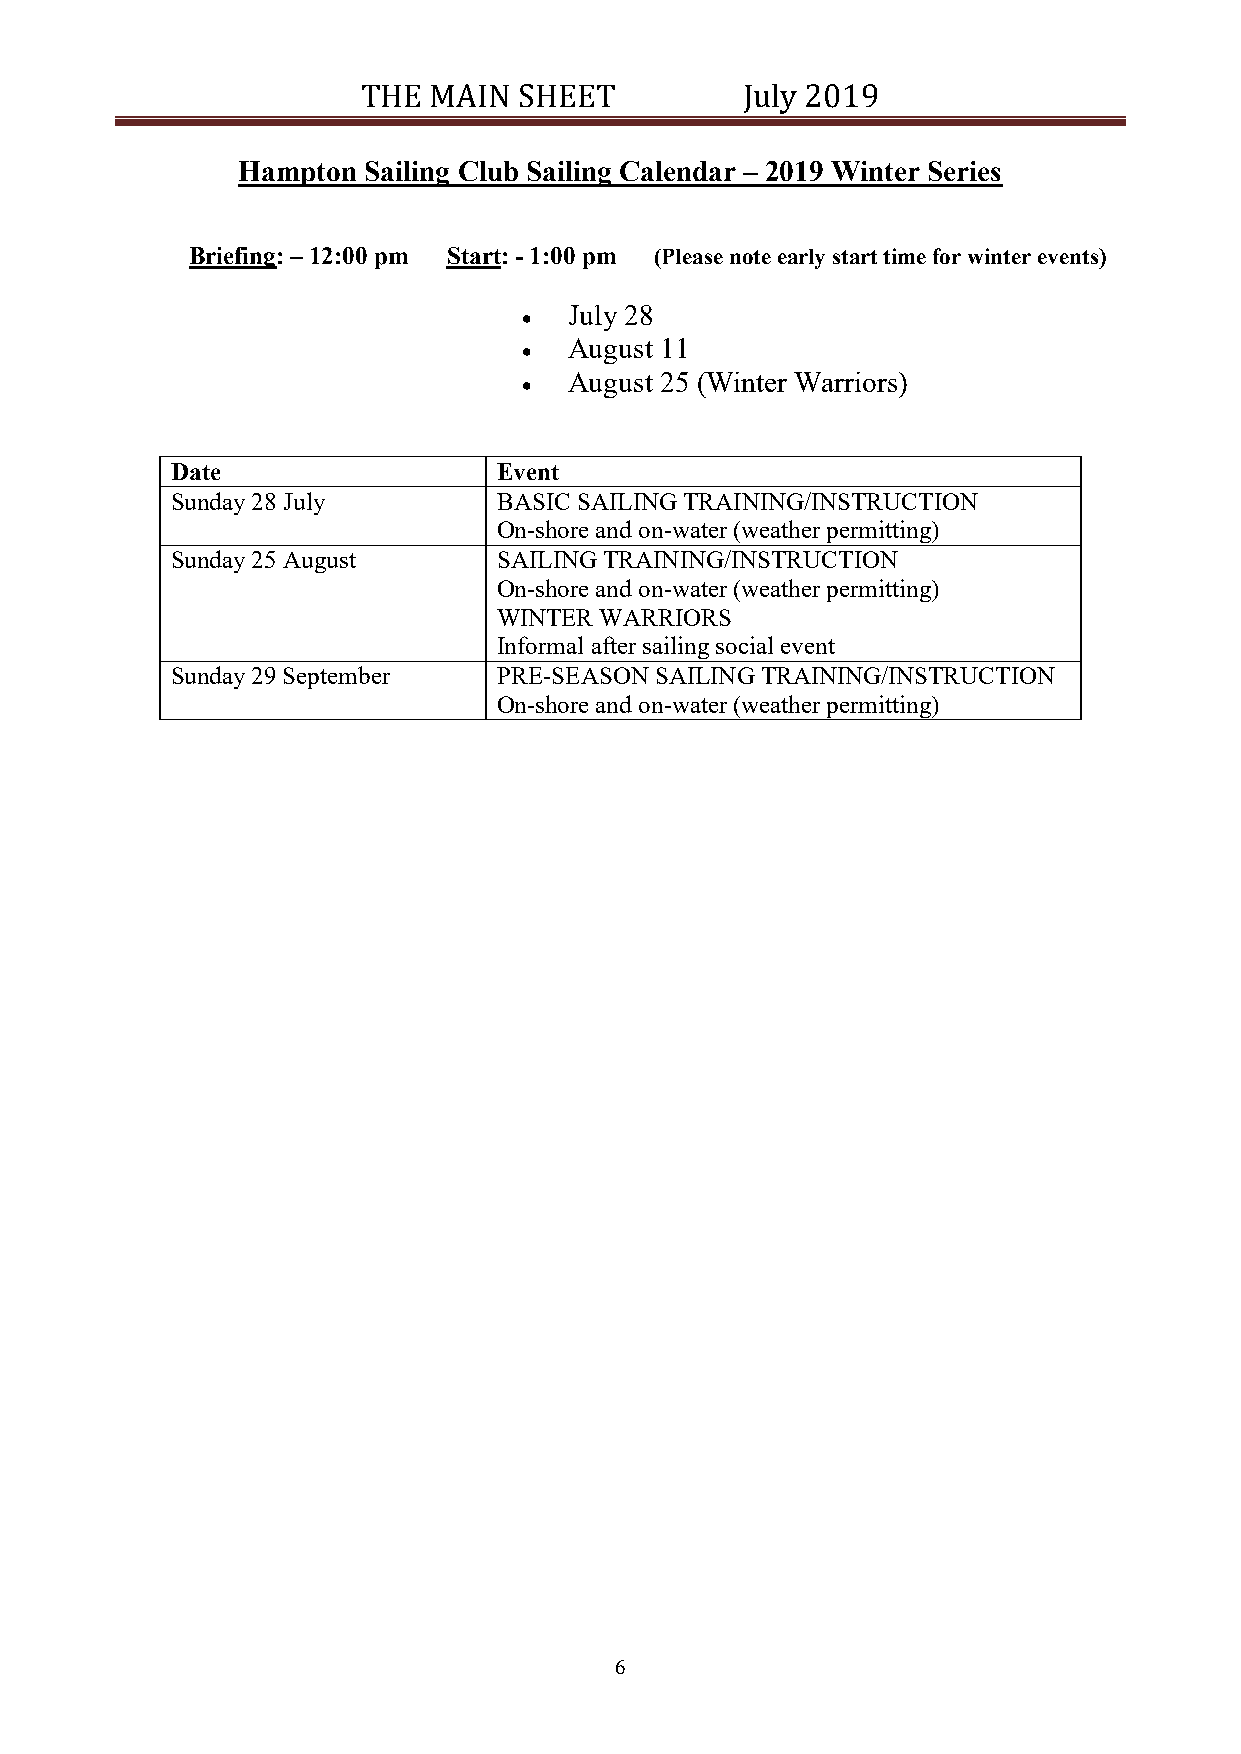
THE MAIN  SHEET          July 2019
 Hampton Sailing Club Sailing Calendar – 2019 Winter Series
 Briefing: – 12:00 pm Start: - 1:00 pm (Please note early start time for winter events)
   July 28
   August 11
   August 25 (Winter Warriors)
 Date                  Event
 Sunday 28 July        BASIC SAILING TRAINING/INSTRUCTION
 On-shore and on-water (weather permitting)
 Sunday 25 August      SAILING TRAINING/INSTRUCTION
 On-shore and on-water (weather permitting)
 WINTER WARRIORS
 Informal after sailing social event
 Sunday 29 September   PRE-SEASON SAILING TRAINING/INSTRUCTION
 On-shore and on-water (weather permitting)
 6